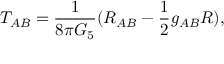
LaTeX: T _ { A B } = \frac { 1 } { 8 \pi G _ { 5 } } ( R _ { A B } - \frac { 1 } { 2 } g _ { A B } R ) ,